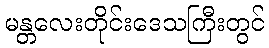
မန္တလေးတိုင်းဒေသကြီးတွင်